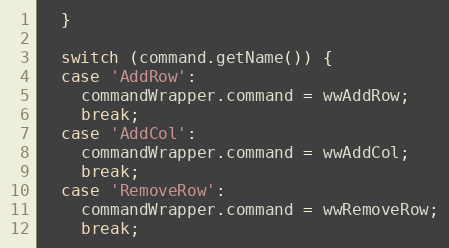
Language: JavaScript
  }

  switch (command.getName()) {
  case 'AddRow':
    commandWrapper.command = wwAddRow;
    break;
  case 'AddCol':
    commandWrapper.command = wwAddCol;
    break;
  case 'RemoveRow':
    commandWrapper.command = wwRemoveRow;
    break;